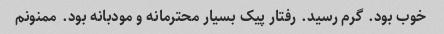
خوب بود. گرم رسید. رفتار پیک بسیار محترمانه و مودبانه بود. ممنونم